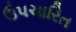
ઉપચારિત